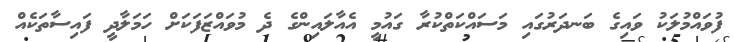
ފުވައްމުލަކު ވައިގެ ބަނދަރުގައި މަސައްކަތްކުރާ ގައުމީ އެއާލައިންގެ ދެ މުވައްޒަފަކަށް ހަމަލާދީ ފައިސާތަކެއް